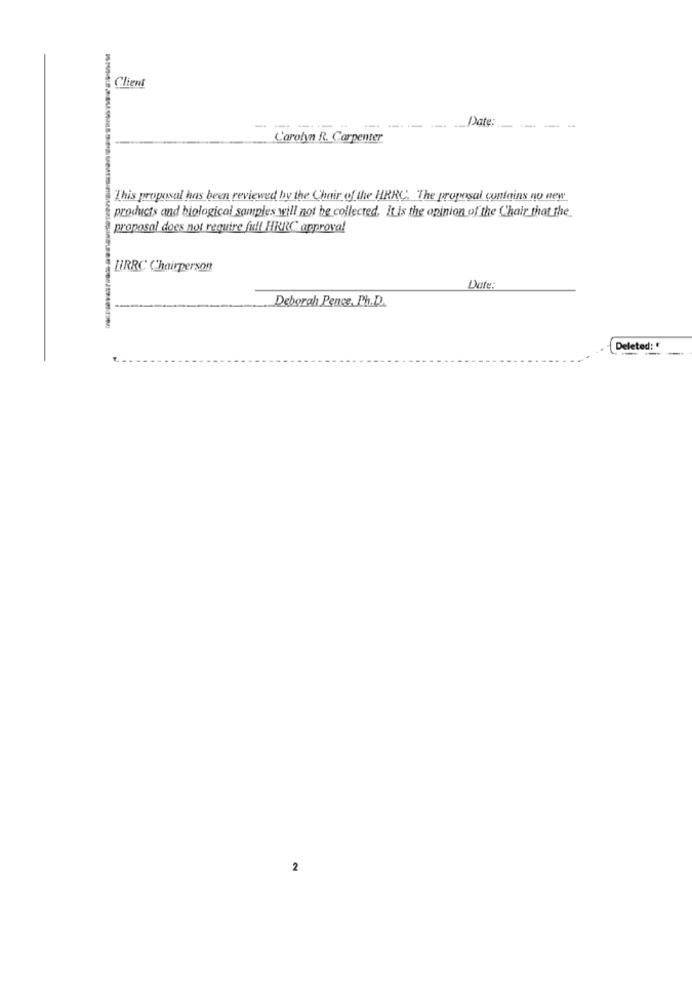
Client
Date:
-
-----
-----
L'arohn R. Carpenter
This proposal has been reviewed by the Chair of the HRRC. The proposal contains no new
products and biological samples will not be collected. It is the opinion of the Chair that the
proposal does not require fil HRRC approval
HIRRC Chairperson
Date:
Deborah Pence, Ph.D.
Deleted: "
2